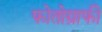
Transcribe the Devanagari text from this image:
फोतोग्राफी